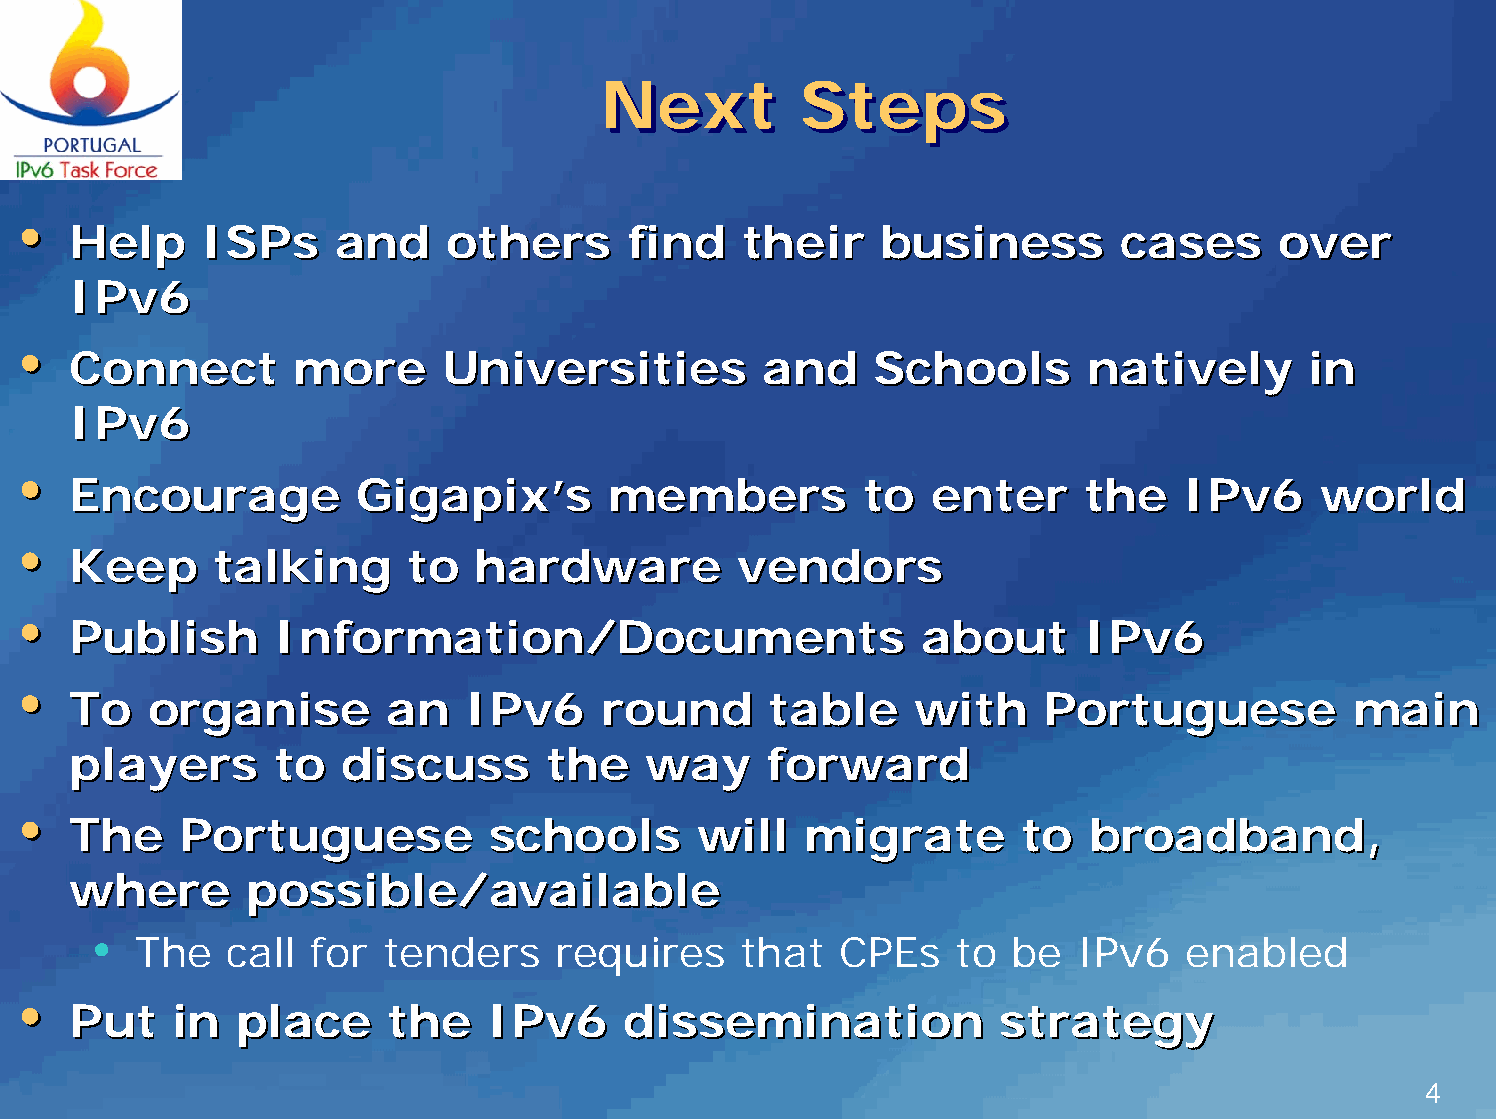
NNeexxtt     SStteeppss
 ••
 HHeellpp IISSPPss aanndd ootthheerrss ffiinndd tthheeiirr bbuussiinneessss ccaasseess oovveerr
 IIPPvv66
 ••
 CCoonnnneecctt mmoorree  UUnniivveerrssiittiieess aanndd SScchhoooollss nnaattiivveellyy iinn
 IIPPvv66
 ••
 EEnnccoouurraaggee GGiiggaappiixx’’ss mmeemmbbeerrss ttoo eenntteerr tthhee IIPPvv66 wwoorrlldd
 ••
 KKeeeepp  ttaallkkiinngg ttoo hhaarrddwwaarree vveennddoorrss
 ••
 PPuubblliisshh IInnffoorrmmaattiioonn//DDooccuummeennttss aabboouutt IIPPvv66
 ••
 TToo oorrggaanniissee aann IIPPvv66 rroouunndd ttaabbllee wwiitthh PPoorrttuugguueessee mmaaiinn
 ppllaayyeerrss ttoo ddiissccuussss tthhee wwaayy ffoorrwwaarrdd
 ••
 TThhee PPoorrttuugguueessee sscchhoooollss wwiillll mmiiggrraattee ttoo bbrrooaaddbbaanndd,,
 wwhheerree  ppoossssiibbllee//aavvaaiillaabbllee
 •
 The    call for  tenders    requires     that  CPEs    to  be  IPv6   enabled
 ••
 PPuutt iinn ppllaaccee tthhee IIPPvv66 ddiisssseemmiinnaattiioonn ssttrraatteeggyy
 4